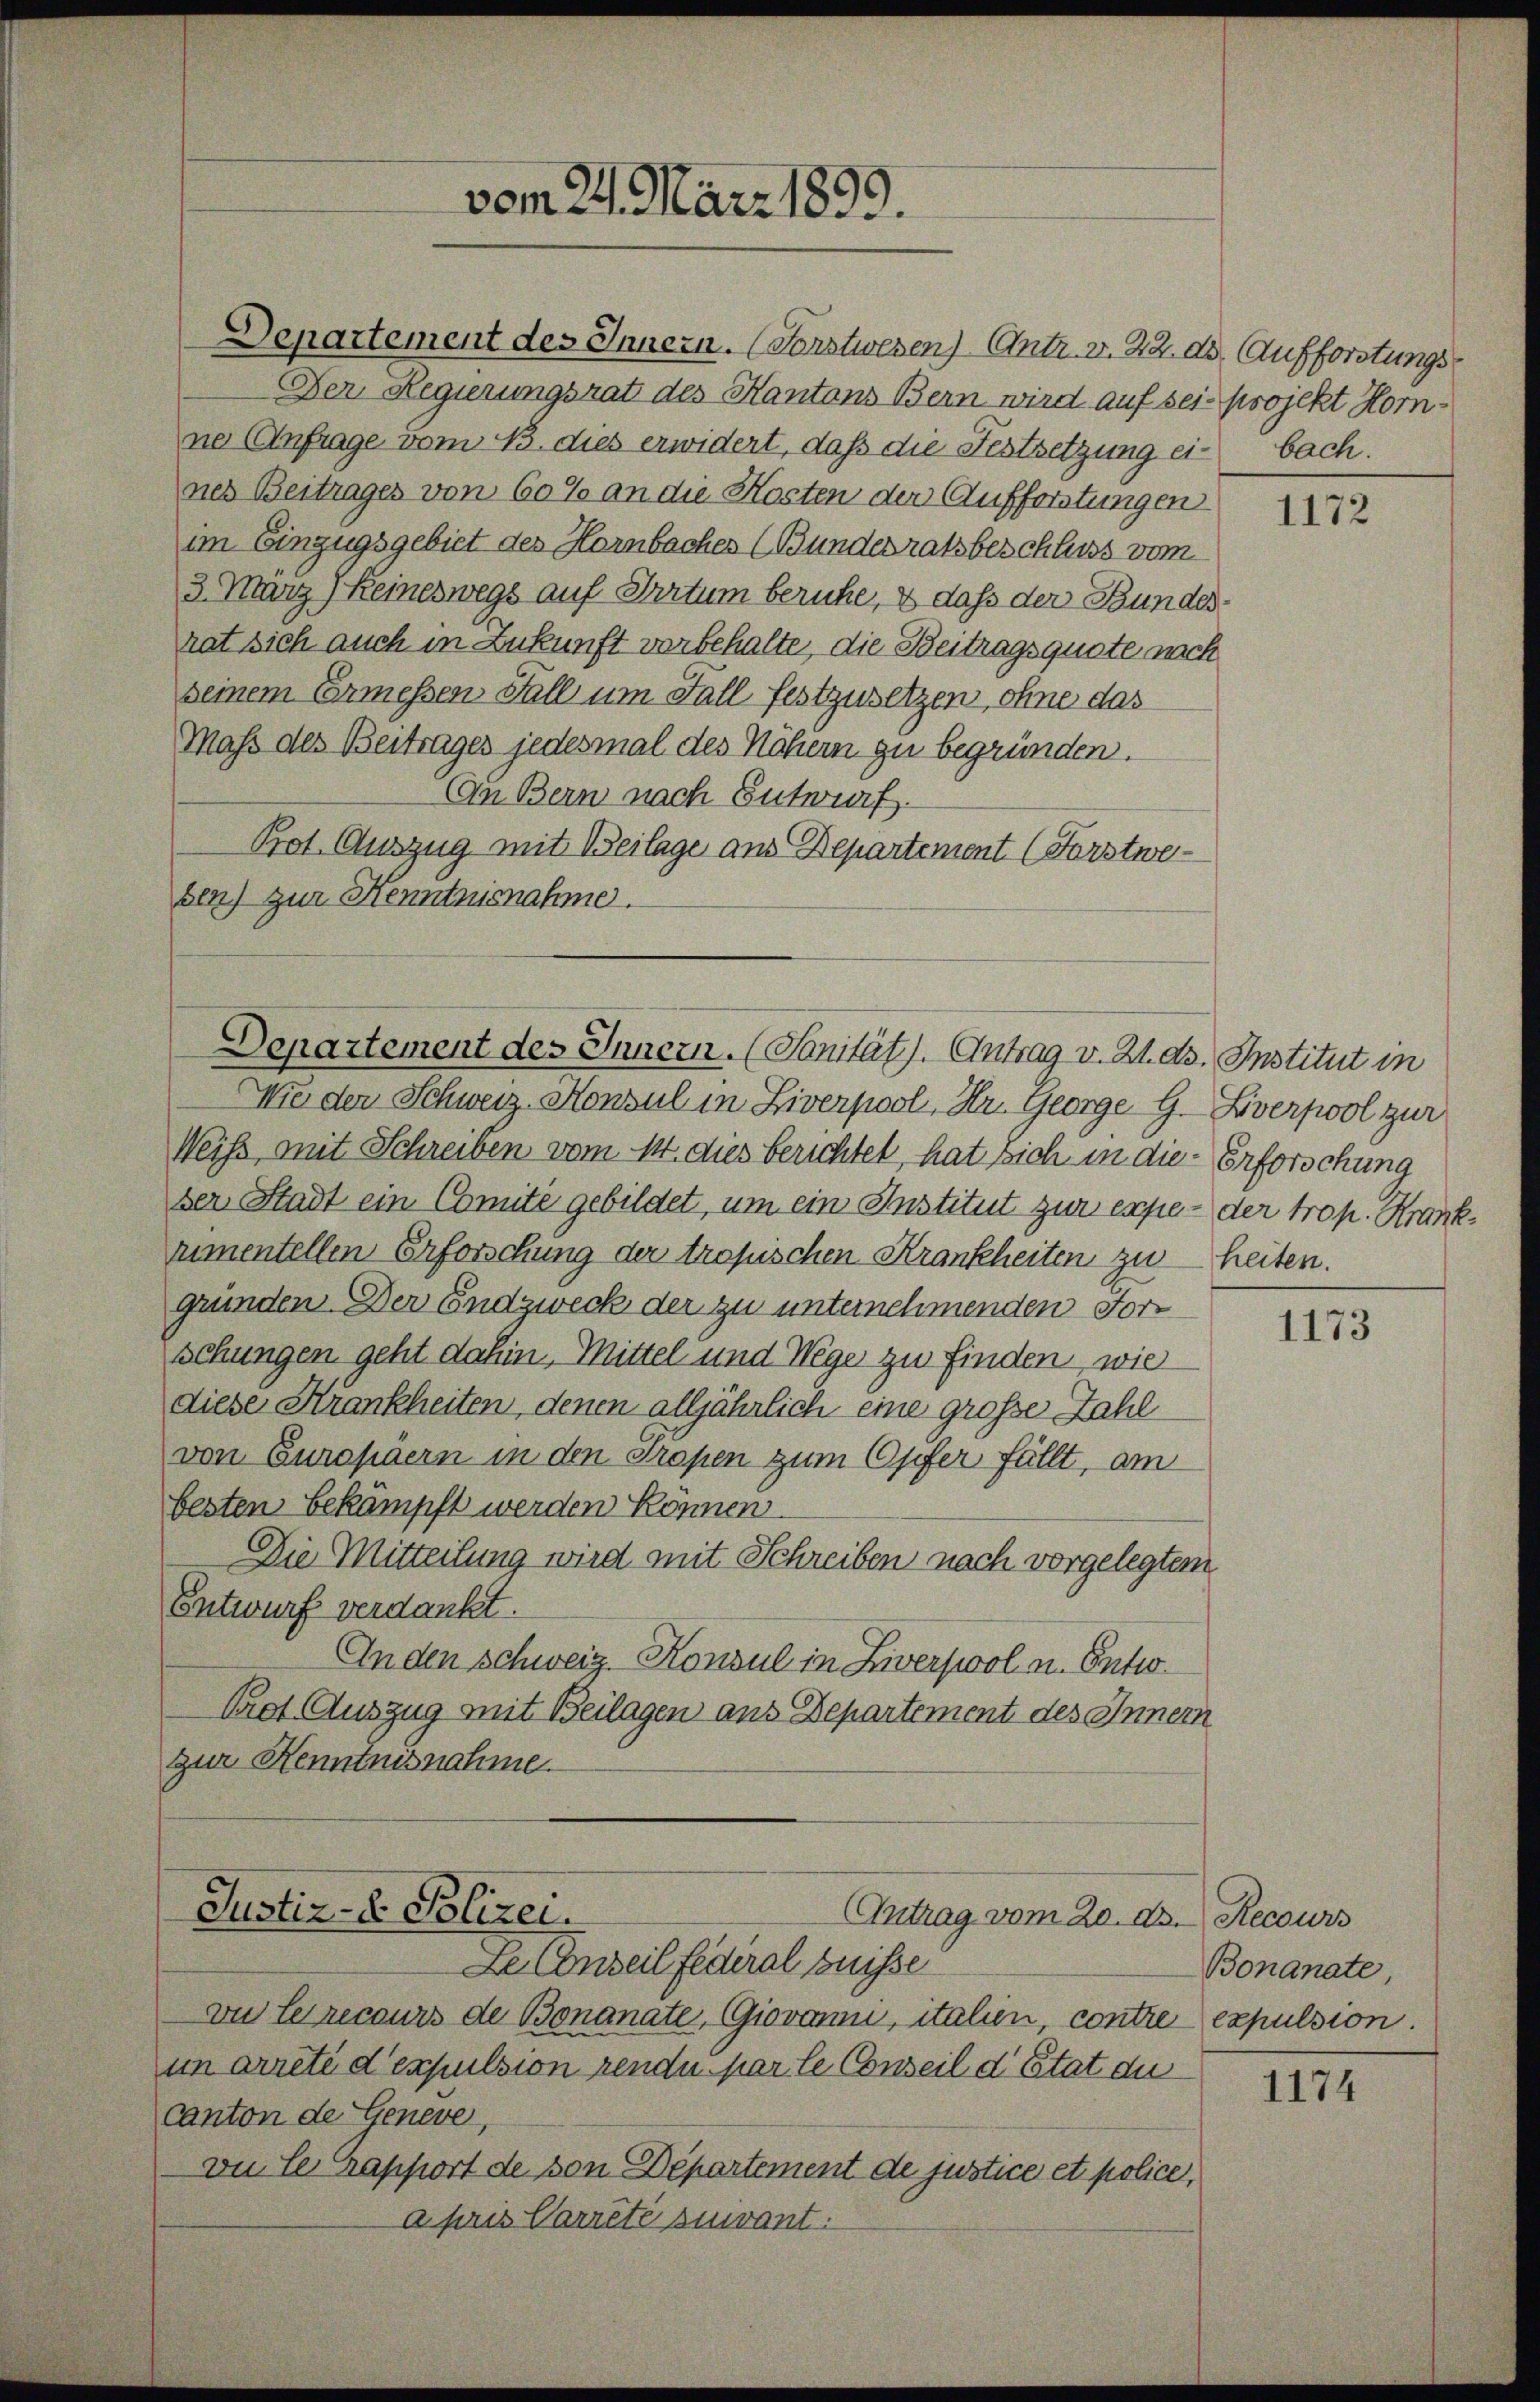
Departement des Innern. (Forstwesen) Antr. v. 22. ds. Aufforstungs
Der Regierungsrat des Kantons Bern wird auf sei- projekt Horne Anfrage vom 13. dies erwidert, daß die Festsetzung ei-bach.
nes Beitrages von 60% an die Kosten der Aufforstungen
im Einzugsgebiet des Hornbaches (Bundesratsbeschluss vom
3. März) Keineswegs auf Irrtum beruhe, & daß der Bundeshat sich auch in Zukunft vorbehalte, die Beitragsquote nich
seinem Ermessen Fall um Fall festzusetzen, ohne das
Mass des Beitrages jedesmal des Nähern zu begründen.
An Bern nach Entwurf.
Pot. Auszug mit Beilage aus Departement (Fürstweben) zur Kenntnisnahme.

vom 21. März 1899.

Departement des Innern. (Sanität). Antrag v. 21. ds. Institut in

Wie den Schweiz. Konsul in Liverpool, Hr. George G. Liverpool zur
Weiß, mit Schreiben vom 14. dies berichtel, hat sich in die Erforschung
ser Stadt ein Comite gebildet, um ein Institut zur expe - der trop. Krankrumentellen Erforschung der tropischen Krankheiten zu heiten.
gründen. Der Endzweck der zu unternehmenden Forschungen geht dahin, Mittel und Wege zu finden, wie
diese Krankheiten, denen alljährlich eine große Zahl
von Europäern in den Tropen zum Opfer fällt, am
besten bekämpft werden können.
Die Mitteilung wird mit Schreiben nach vorgelegtem
Entwurf verdankt.
An den Schweiz. Konsul in Ziverswol n. Entw
Prot. Auszug mit Beilagen aus Departement des Innern
zur Kenntnisnahme.

Justiz- u. Polizei.
Antrag vom 20. d. Recours

1172

1173

Bonanate,

Le Conseil fédéral puisse
vu le recours de Bonanate, Giovanni, italien, contre expulsion.
im arreté d’espulsion rende par le Conseil d’Etat du
Canton de Geneve
vu le rapport de von Departement de justice et police,
a Paris Carrêté suivant.

1174